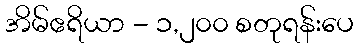
အိမ်ဧရိယာ - ၁,၂၀၀ စတုရန်းပေ